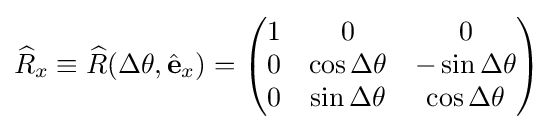
{\widehat {R}}_{x}\equiv {\widehat {R}}(\Delta \theta ,{\hat {\mathbf {e} }}_{x})={\begin{pmatrix}1&0&0\\0&\cos \Delta \theta &-\sin \Delta \theta \\0&\sin \Delta \theta &\cos \Delta \theta \\\end{pmatrix}}